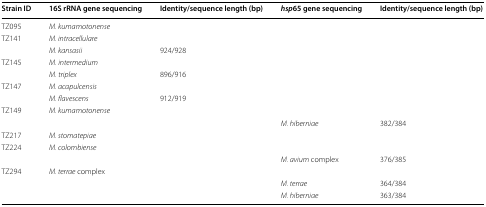
<table><thead><tr><td><b>Strain ID</b></td><td><b>16S rRNA gene sequencing</b></td><td><b>Identity/sequence length (bp)</b></td><td><b><i>hsp</i>65 gene sequencing</b></td><td><b>Identity/sequence length (bp)</b></td></tr></thead><tbody><tr><td>TZ095</td><td><i>M. kumamotonense</i></td><td>[EMPTY_CELL]</td><td>[EMPTY_CELL]</td><td>[EMPTY_CELL]</td></tr><tr><td rowspan="2">TZ141</td><td><i>M. intracellulare</i></td><td>[EMPTY_CELL]</td><td>[EMPTY_CELL]</td><td>[EMPTY_CELL]</td></tr><tr><td><i>M. kansasii</i></td><td>924/928</td><td>[EMPTY_CELL]</td><td>[EMPTY_CELL]</td></tr><tr><td rowspan="2">TZ145</td><td><i>M.</i><i>intermedium</i></td><td>[EMPTY_CELL]</td><td rowspan="2">[EMPTY_CELL]</td><td rowspan="2">[EMPTY_CELL]</td></tr><tr><td><i>M.</i><i>triplex</i></td><td>896/916</td></tr><tr><td rowspan="2">TZ147</td><td><i>M. acapulcensis</i></td><td>[EMPTY_CELL]</td><td>[EMPTY_CELL]</td><td>[EMPTY_CELL]</td></tr><tr><td><i>M. flavescens</i></td><td>912/919</td><td>[EMPTY_CELL]</td><td>[EMPTY_CELL]</td></tr><tr><td rowspan="2">TZ149</td><td rowspan="2"><i>M. kumamotonense</i></td><td rowspan="2">[EMPTY_CELL]</td><td>[EMPTY_CELL]</td><td>[EMPTY_CELL]</td></tr><tr><td><i>M. hiberniae</i></td><td>382/384</td></tr><tr><td>TZ217</td><td><i>M. stomatepiae</i></td><td>[EMPTY_CELL]</td><td>[EMPTY_CELL]</td><td>[EMPTY_CELL]</td></tr><tr><td rowspan="2">TZ224</td><td rowspan="2"><i>M. colombiense</i></td><td rowspan="2">[EMPTY_CELL]</td><td>[EMPTY_CELL]</td><td>[EMPTY_CELL]</td></tr><tr><td><i>M. avium</i> complex</td><td>376/385</td></tr><tr><td rowspan="3">TZ294</td><td rowspan="3"><i>M. terrae</i> complex</td><td rowspan="3">[EMPTY_CELL]</td><td>[EMPTY_CELL]</td><td>[EMPTY_CELL]</td></tr><tr><td><i>M. terrae</i></td><td>364/384</td></tr><tr><td><i>M. hiberniae</i></td><td>363/384</td></tr></tbody></table>